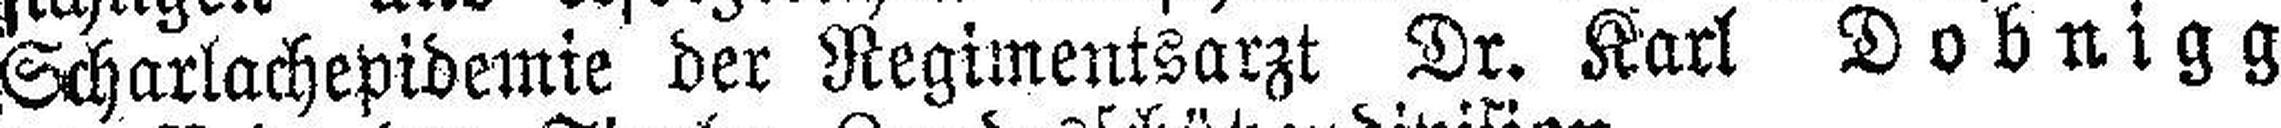
Scharlachepidemie der Regimentsarzt Dr. Karl Dobnigg